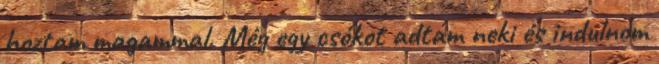
hoztam magammal. Még egy csókot adtam neki és indulnom